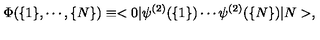
\Phi ( \{ 1 \} , \cdots , \{ N \} ) \equiv < 0 | \psi ^ { ( 2 ) } ( \{ 1 \} ) \cdots \psi ^ { ( 2 ) } ( \{ N \} ) | N > ,